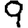
Digit: 9